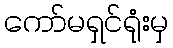
ကော်မရှင်ရုံးမှ